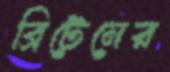
ব্রিটেনের